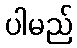
ပါမည်